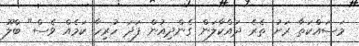
މަސައްކަތާ ރަށު ތެރެ ދައްކާލަން ގެންދިއުން ފަދަ ހުރިހާ ކަމެއް ވެސް" ބްލޫ